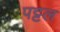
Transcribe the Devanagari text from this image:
पट्टल